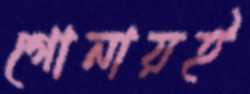
গোনায়ই